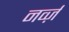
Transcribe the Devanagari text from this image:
नर्व्ज़